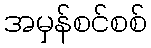
အမှန်စင်စစ်